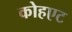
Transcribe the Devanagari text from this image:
कोहएट